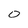
Character: 0